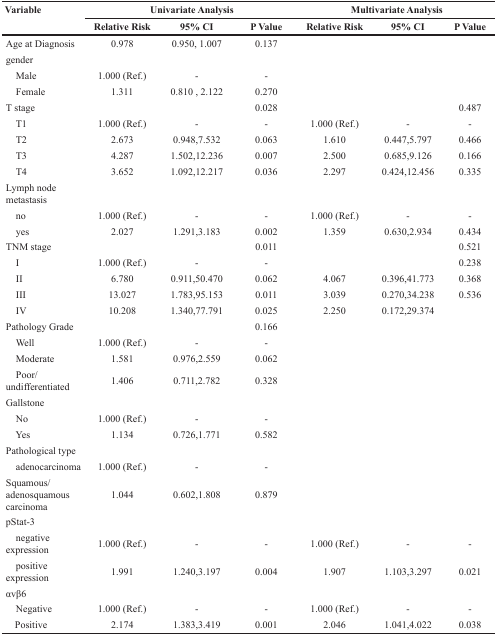
<table><thead><tr><td rowspan="2"><b>Variable</b></td><td colspan="3"><b>Univariate Analysis</b></td><td colspan="3"><b>Multivariate Analysis</b></td></tr><tr><td><b>Relative Risk</b></td><td><b>95% CI</b></td><td><b>P Value</b></td><td><b>Relative Risk</b></td><td><b>95% CI</b></td><td><b>P Value</b></td></tr></thead><tbody><tr><td>Age at Diagnosis</td><td>0.978</td><td>0.950, 1.007</td><td>0.137</td><td></td><td></td><td></td></tr><tr><td>gender</td><td></td><td></td><td></td><td></td><td></td><td></td></tr><tr><td> Male</td><td>1.000 (Ref.)</td><td>-</td><td>-</td><td></td><td></td><td></td></tr><tr><td> Female</td><td>1.311</td><td>0.810, 2.122</td><td>0.270</td><td></td><td></td><td></td></tr><tr><td>T stage</td><td></td><td></td><td>0.028</td><td></td><td></td><td>0.487</td></tr><tr><td> T1</td><td>1.000 (Ref.)</td><td>-</td><td>-</td><td>1.000 (Ref.)</td><td>-</td><td>-</td></tr><tr><td> T2</td><td>2.673</td><td>0.948,7.532</td><td>0.063</td><td>1.610</td><td>0.447,5.797</td><td>0.466</td></tr><tr><td> T3</td><td>4.287</td><td>1.502,12.236</td><td>0.007</td><td>2.500</td><td>0.685,9.126</td><td>0.166</td></tr><tr><td> T4</td><td>3.652</td><td>1.092,12.217</td><td>0.036</td><td>2.297</td><td>0.424,12.456</td><td>0.335</td></tr><tr><td>Lymph node metastasis</td><td></td><td></td><td></td><td></td><td></td><td></td></tr><tr><td> no</td><td>1.000 (Ref.)</td><td>-</td><td>-</td><td>1.000 (Ref.)</td><td>-</td><td>-</td></tr><tr><td> yes</td><td>2.027</td><td>1.291,3.183</td><td>0.002</td><td>1.359</td><td>0.630,2.934</td><td>0.434</td></tr><tr><td>TNM stage</td><td></td><td></td><td>0.011</td><td></td><td></td><td>0.521</td></tr><tr><td> I</td><td>1.000 (Ref.)</td><td>-</td><td>-</td><td></td><td></td><td>0.238</td></tr><tr><td> II</td><td>6.780</td><td>0.911,50.470</td><td>0.062</td><td>4.067</td><td>0.396,41.773</td><td>0.368</td></tr><tr><td> III</td><td>13.027</td><td>1.783,95.153</td><td>0.011</td><td>3.039</td><td>0.270,34.238</td><td>0.536</td></tr><tr><td> IV</td><td>10.208</td><td>1.340,77.791</td><td>0.025</td><td>2.250</td><td>0.172,29.374</td><td></td></tr><tr><td>Pathology Grade</td><td></td><td></td><td>0.166</td><td></td><td></td><td></td></tr><tr><td> Well</td><td>1.000 (Ref.)</td><td>-</td><td>-</td><td></td><td></td><td></td></tr><tr><td> Moderate</td><td>1.581</td><td>0.976,2.559</td><td>0.062</td><td></td><td></td><td></td></tr><tr><td> Poor/undifferentiated</td><td>1.406</td><td>0.711,2.782</td><td>0.328</td><td></td><td></td><td></td></tr><tr><td>Gallstone</td><td></td><td></td><td></td><td></td><td></td><td></td></tr><tr><td> No</td><td>1.000 (Ref.)</td><td>-</td><td>-</td><td></td><td></td><td></td></tr><tr><td> Yes</td><td>1.134</td><td>0.726,1.771</td><td>0.582</td><td></td><td></td><td></td></tr><tr><td>Pathological type</td><td></td><td></td><td></td><td></td><td></td><td></td></tr><tr><td> adenocarcinoma</td><td>1.000 (Ref.)</td><td>-</td><td>-</td><td></td><td></td><td></td></tr><tr><td>Squamous/ adenosquamous carcinoma</td><td>1.044</td><td>0.602,1.808</td><td>0.879</td><td></td><td></td><td></td></tr><tr><td>pStat-3</td><td></td><td></td><td></td><td></td><td></td><td></td></tr><tr><td> negative expression</td><td>1.000 (Ref.)</td><td>-</td><td>-</td><td>1.000 (Ref.)</td><td>-</td><td>-</td></tr><tr><td> positive expression</td><td>1.991</td><td>1.240,3.197</td><td>0.004</td><td>1.907</td><td>1.103,3.297</td><td>0.021</td></tr><tr><td>αvβ6</td><td></td><td></td><td></td><td></td><td></td><td></td></tr><tr><td> Negative</td><td>1.000 (Ref.)</td><td>-</td><td>-</td><td>1.000 (Ref.)</td><td>-</td><td>-</td></tr><tr><td> Positive</td><td>2.174</td><td>1.383,3.419</td><td>0.001</td><td>2.046</td><td>1.041,4.022</td><td>0.038</td></tr></tbody></table>